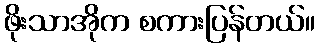
ဖိုးသာအိုက စကားပြန်တယ်။